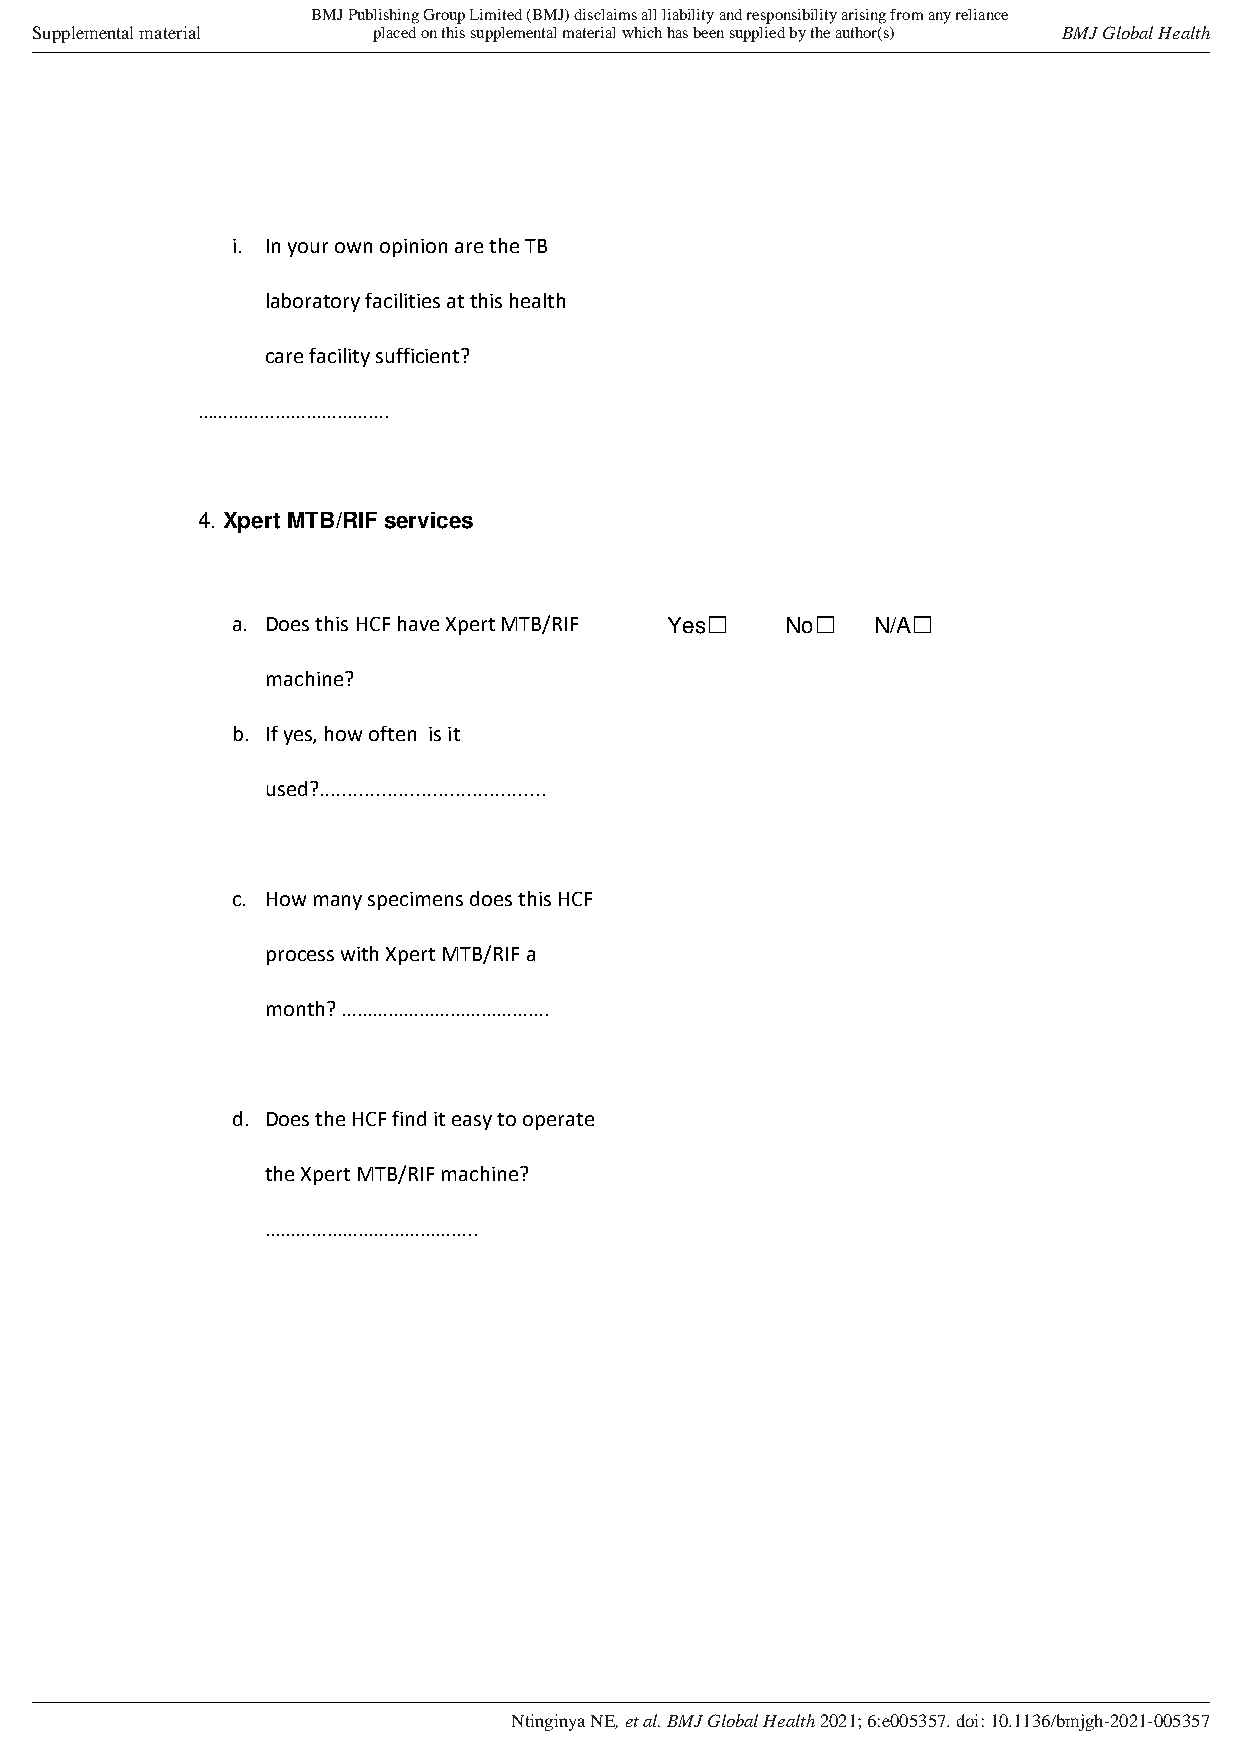
BMJ Publishing Group Limited (BMJ) disclaims all liability and responsibility arising from any reliance
 Supplemental material  placed on this supplemental material which has been supplied by the author(s) BMJ Global Health
 i. In your own opinion are the TB
 laboratory facilities at this health
 care facility sufficient?
 ……………………………….
 4. Xpert MTB/RIF services
 a. Does this HCF have Xpert MTB/RIF Yes☐ No☐ N/A☐
 machine?
 b. If yes, how often is it
 used?........................................
 c. How many specimens does this HCF
 process with Xpert MTB/RIF a
 month? ………………………………….
 d. Does the HCF find it easy to operate
 the Xpert MTB/RIF machine?
 …………………………………..
 Ntinginya NE, et al. BMJ Global Health 2021; 6:e005357. doi: 10.1136/bmjgh-2021-005357